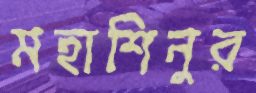
মহাশিনুর